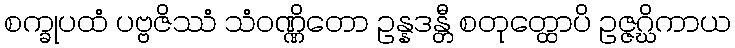
စက္ခုပထံ ပဗ္ဗဇိဿံ သံဝဏ္ဏိတော ဥန္နဒန္တီ စတုတ္ထောပိ ဥဇ္ဇဂ္ဃိကာယ